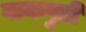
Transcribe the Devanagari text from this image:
नाकपुडी